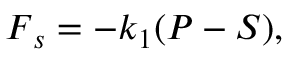
\boldsymbol { F } _ { s } = - k _ { 1 } ( \boldsymbol { P } - \boldsymbol { S } ) ,